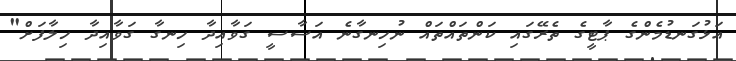
އަޅުގަނޑުމެންގެ ޕާޓީގެ ތެރޭގައި ކަންތައްތައް ނުހިނގާނެ އަސާސީ ގަވާއިދާ ހިނގާ ގަވާއިދާ ހިލާފަށް"